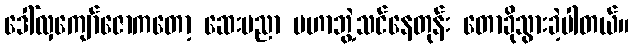
ဒေါ်လှကျော်ဇောကတော့ ဆေးပညာ မဟာဘွဲ့သင်နေတုန်း တောခိုသွားခဲ့ပါတယ်။